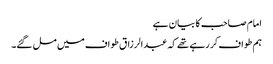
امام صاحب کا بیان ہے
ہم طواف کر رہے تھے کہ عبدالرزاق طواف میں مل گئے۔